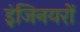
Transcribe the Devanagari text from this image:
इंजिनयरों